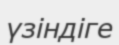
үзіндіге